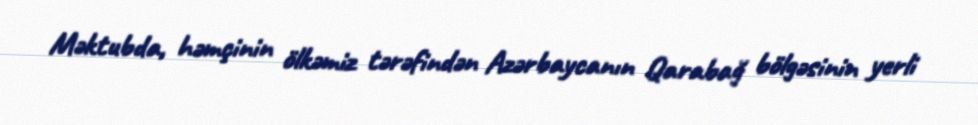
Məktubda, həmçinin ölkəmiz tərəfindən Azərbaycanın Qarabağ bölgəsinin yerli